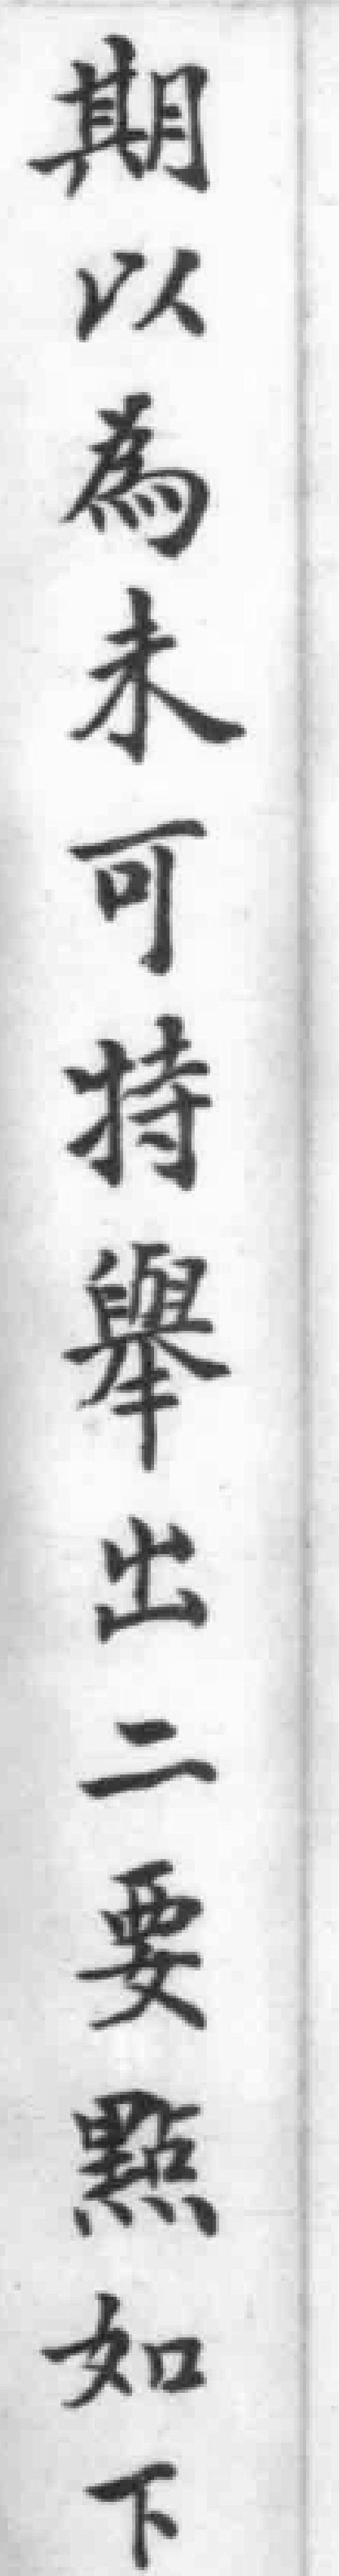
期以為未可特舉出二要點如下